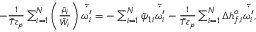
\begin{array} { r l } & { - \frac { 1 } { \bar { T } \bar { c } _ { p } } \sum _ { i = 1 } ^ { N } \left( \frac { \bar { \mu } _ { i } } { \bar { W } _ { i } } \right) \tilde { \dot { \omega _ { i } ^ { \prime } } } = - \sum _ { i = 1 } ^ { N } \bar { \psi } _ { 1 , i } \tilde { \dot { \omega _ { i } ^ { \prime } } } - \frac { 1 } { \bar { T } \bar { c } _ { p } } \sum _ { i = 1 } ^ { N } \Delta h _ { f , i } ^ { o } \tilde { \dot { \omega _ { i } ^ { \prime } } } , } \end{array}